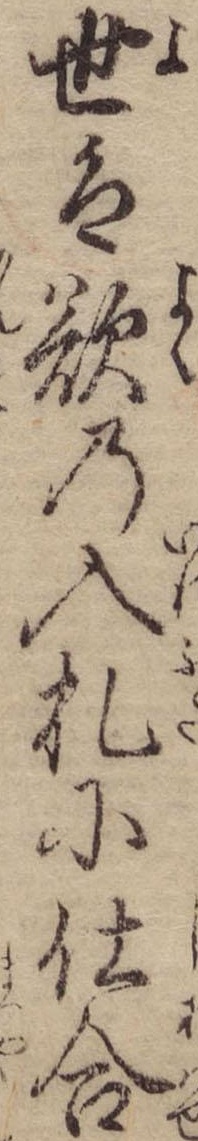
世は欲の入札に仕合